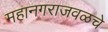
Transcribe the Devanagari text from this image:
महानगराजवळचे